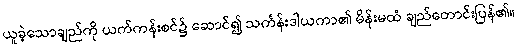
ယူခဲ့သောချည်ကို ယက်ကန်းစင်၌ ဆောင်၍ သင်္ကန်းဒါယကာ၏ မိန်းမထံ ချည်တောင်းပြန်၏။